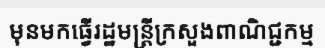
មុនមកធ្វើរដ្ឋមន្ត្រីក្រសួងពាណិជ្ជកម្ម